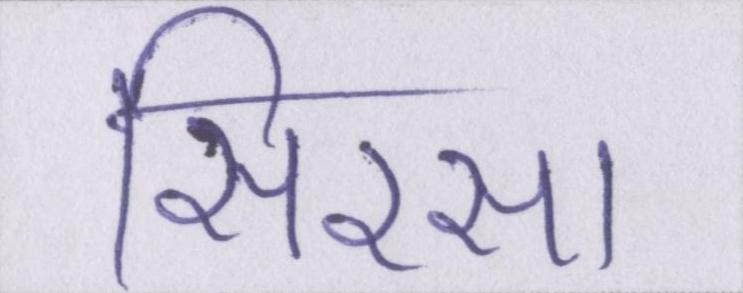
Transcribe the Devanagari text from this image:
सिरसा